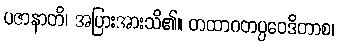
ပဇာနာတိ၊ အပြားအားသိ၏။ တထာဂတပ္ပဝေဒိတာစ၊